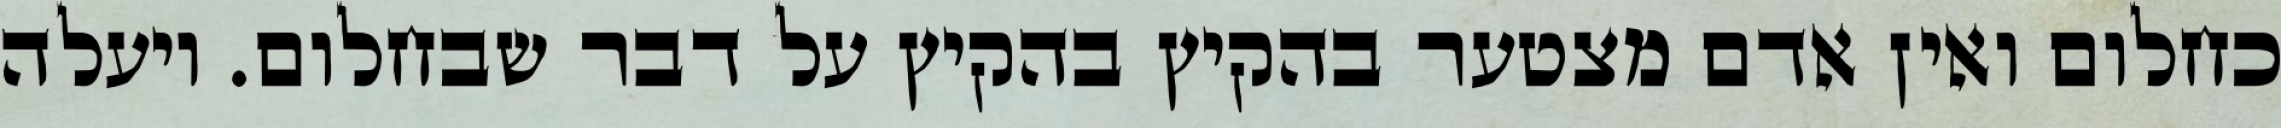
כחלום ואין אדם מצטער בהקיץ בהקיץ על דבר שבחלום. ויעלה